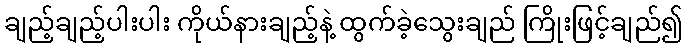
ချည့်ချည့်ပါးပါး ကိုယ်နားချည့်နဲ့ ထွက်ခဲ့သွေးချည် ကြိုးဖြင့်ချည်၍